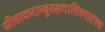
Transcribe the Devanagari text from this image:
सीताकराम्बुरुहलालितपादपद्म